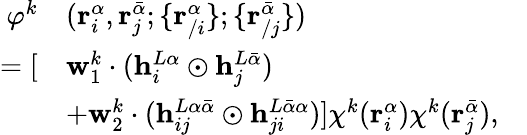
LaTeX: \begin{array}{rlr}{\varphi^{k}}&{(\mathbf{r}_{i}^{\alpha},\mathbf{r}_{j}^{\bar{\alpha}};\{ \mathbf{r}_{/i}^{\alpha}\} ;\{ \mathbf{r}_{/j}^{\bar{\alpha}}\} )}&\\ {=[}&{\mathbf{w}_{1}^{k}\cdot(\mathbf{h}_{i}^{L\alpha}\odot\mathbf{h}_{j}^{L\bar{\alpha}})}\\ &{+\mathbf{w}_{2}^{k}\cdot(\mathbf{h}_{ij}^{L\alpha\bar{\alpha}}\odot\mathbf{h}_{ji}^{L\bar{\alpha}\alpha})]\chi^{k}(\mathbf{r}_{i}^{\alpha})\chi^{k}(\mathbf{r}_{j}^{\bar{\alpha}}),}\end{array}